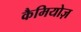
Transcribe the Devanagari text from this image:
कैमियोज़